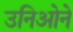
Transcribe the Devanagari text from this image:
उनिओने